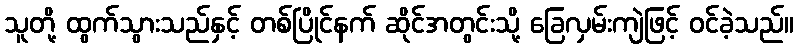
သူတို့ ထွက်သွားသည်နှင့် တစ်ပြိုင်နက် ဆိုင်အတွင်းသို့ ခြေလှမ်းကျဲဖြင့် ဝင်ခဲ့သည်။